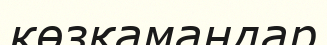
көзқамандар